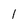
Character: 1